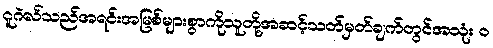
ဂူဂဲလ်သည်အရင်းအမြစ်များစွာကိုသူတို့အဆင့်သတ်မှတ်ချက်တွင်အသုံး ၀